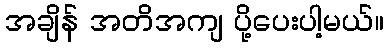
အချိန် အတိအကျ ပို့ပေးပါ့မယ်။